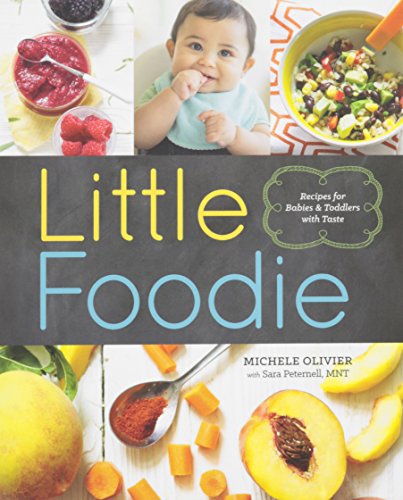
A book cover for Little Foodie: Baby Food Recipes for Babies and Toddlers with Taste; Michele Olivier; Cookbooks, Food & Wine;